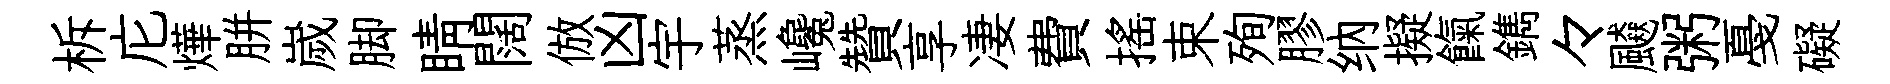
柝庀燁胼嵗脚睛闊倣凶宇蒸巉贊享凄費摇束殉膠纳擬餼鐫々飇粥戞礙